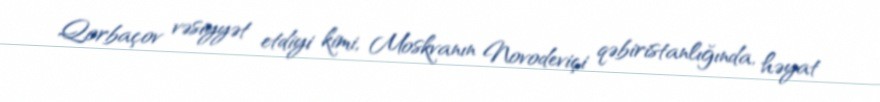
Qorbaçov vəsiyyət etdiyi kimi, Moskvanın Novodeviçi qəbiristanlığında, həyat